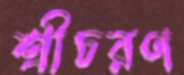
শ্রীচরণ